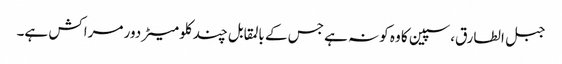
جبل الطارق، سپین کا وہ کونہ ہے جس کے بالمقابل چند کلومیٹر دور مراکش ہے۔